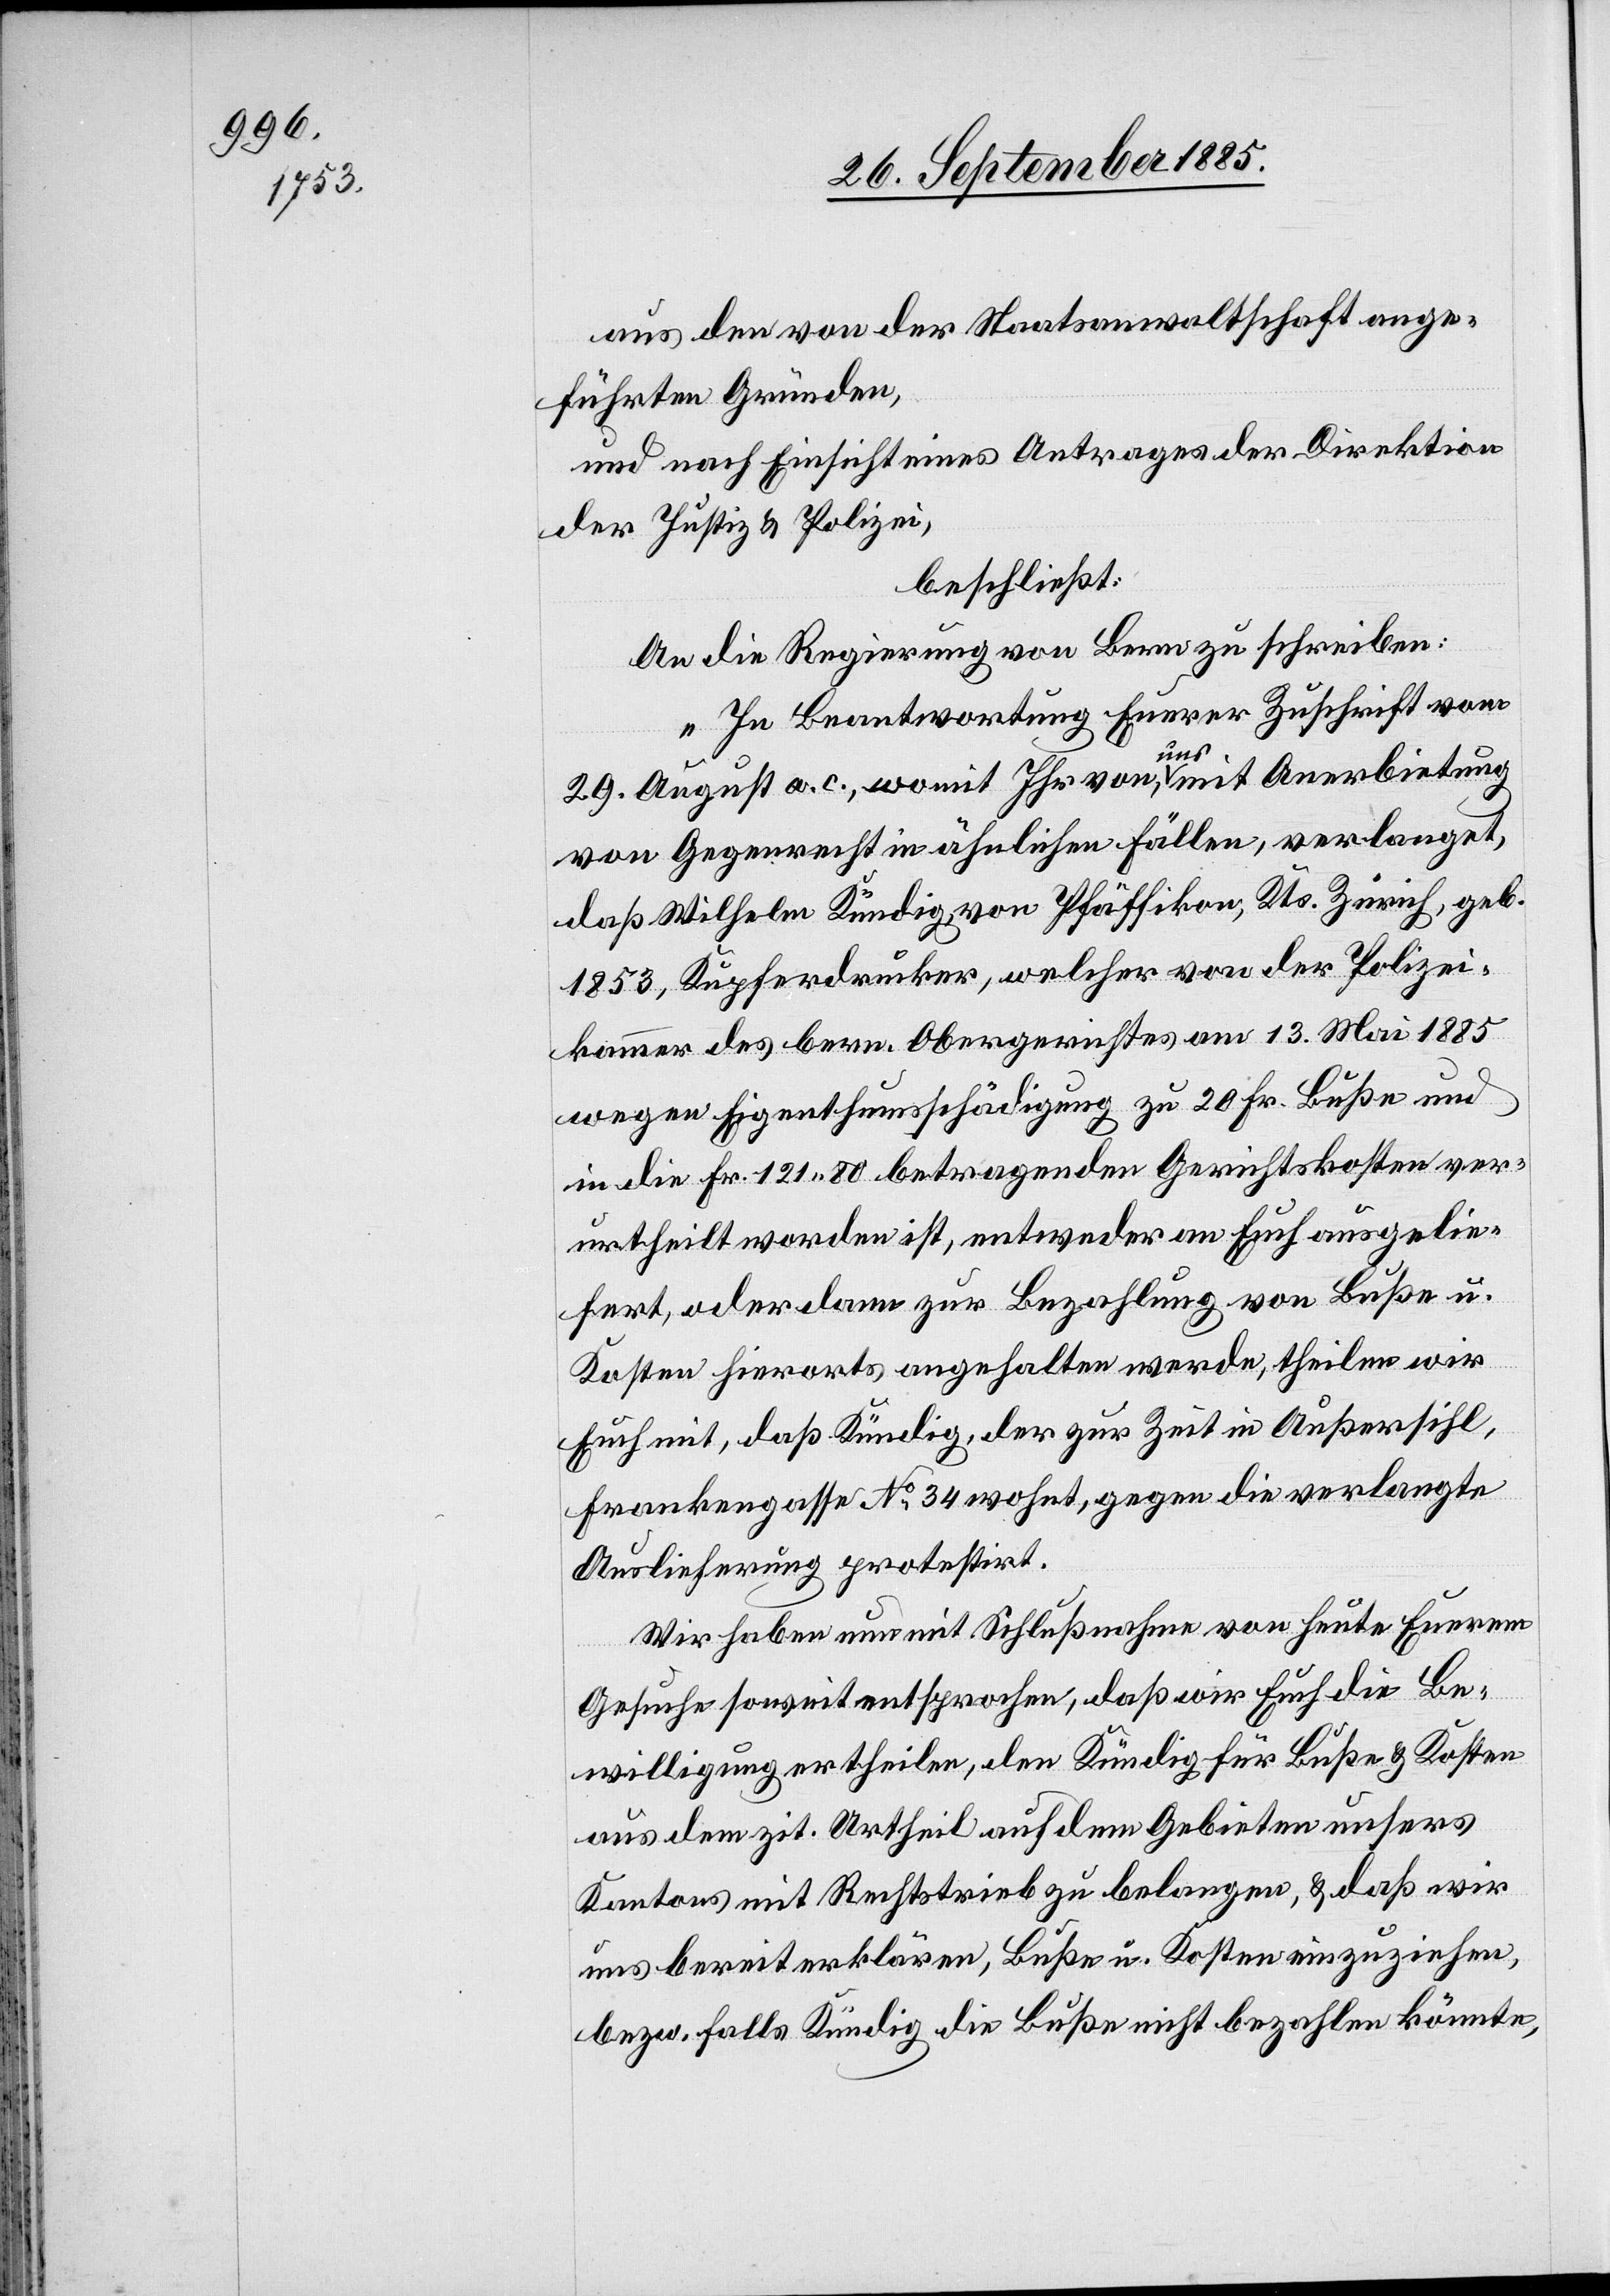
aus den von der Staatsanwaltschaft ange¬
führten Gründen,
und nach Einsicht eines Antrages der Direktion
der Justiz & Polizei,
beschließt:
An die Regierung von Bern zu schreiben:
„In Beantwortung Euerer Zuschrift vom
fert
29. August a. c., womit Ihr von a-uns-a mit Anerbietung
von Gegenrecht in ähnlichen Fällen, verlanget,
daß Wilhelm Kündig, von Pfäffikon, Kts. Zürich, geb.
1853, Kupferdrucker, welcher von der Polizei¬
kammer des bern. Obergerichtes am 13. Mai 1885
wegen Eigenthumsschädigung zu 20 Fr. Buße und
in die Fr. 121 80 betragenden Gerichtskosten ver¬
urtheilt worden ist, entweder an Euch ausgelie¬
worden, oder dann zur Bezahlung von Buße u.
Kosten hierorts angehalten werde, theilen wir
Euch mit, daß Kündig, der zur Zeit in Außersihl,
Frankengasse No 34 [sic!] wohnt, gegen die verlangte
Auslieferung protestirt.
Wir haben nun mit Schlußnahme von heute Euerem
Gesuche soweit entsprochen, daß wir euch die Be¬
willigung ertheilen, den Kündig für Buße & Kosten
aus dem zit. Urtheil auf dem Gebiete unseres
Kantons mit Rechtstrieb zu belangen, & daß wir
uns bereit erklären, Buße u. Kosten einzuziehen,
bezw. falls Kündig die Buße nicht bezahlen könnte,